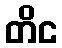
တိင